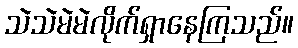
သဲသဲမဲမဲလိုက်ရှာနေကြသည်။